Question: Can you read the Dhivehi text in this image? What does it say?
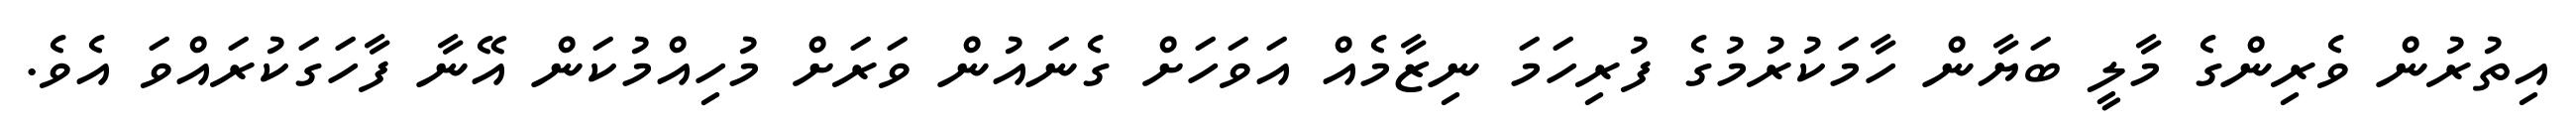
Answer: އިތުރުން ވެރިންގެ މާލީ ބަޔާން ހާމަކުރުމުގެ ފުރިހަމަ ނިޒާމެއް އަވަހަށް ގެނައުން ވަރަށް މުހިއްމުކަން އޭނާ ފާހަގަކުރައްވަ އެވެ.